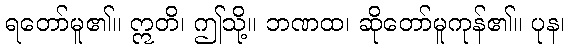
ရတော်မူ၏။ ဣတိ၊ ဤသို့။ ဘဏထ၊ ဆိုတော်မူကုန်၏။ ပုန၊